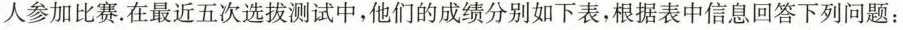
人参加比赛。在最近五次选拔测试中，他们的成绩分别如下表，根据表中信息回答下列问题：